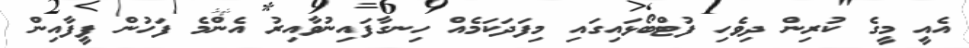
އެއީ މީގެ ކުރިން ދިވެހި ފުޓްބޯޅައިގައި މިފަދަކަމެއް ހިނގާފައިނުވާއިރު އެންމެ ފަހުން ފީފާއިން